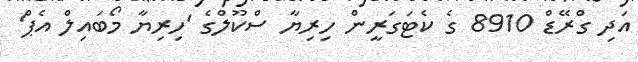
އަދި ގްރޭޑް 8910 ގެ ކެޓަގަރީން ހިރިޔާ ސްކޫލްގެ 'ހިރިޔާ މޯބައިލް އެޕް'